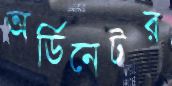
অর্ডিনেটর